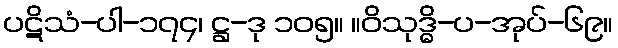
ပဋိသံ-ပါ-၁၇၄၊ ဋ္ဌ-ဒု ၁၀၅။ ။ဝိသုဒ္ဓိ-ပ-အုပ်-၆၉။